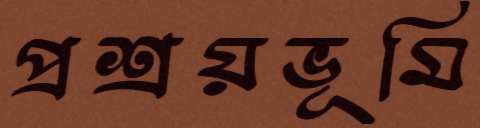
প্রশ্রয়ভূমি